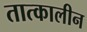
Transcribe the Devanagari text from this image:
तात्‍कालीन